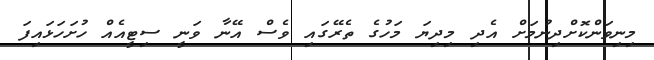
މިނިވަންކޮށްދިނުމަށް އެދި މިދިޔަ މަހުގެ ތެރޭގައި ވެސް އޭނާ ވަނީ ސިޓީއެއް ހުށަހަޅައިފަ